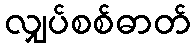
လျှပ်စစ်ဓာတ်